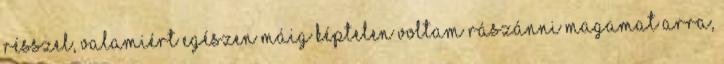
résszel, valamiért egészen máig képtelen voltam rászánni magamat arra,